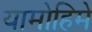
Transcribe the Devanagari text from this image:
यामोहिमे